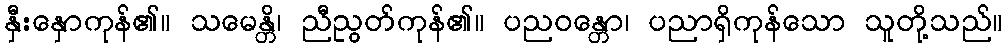
နှီးနှောကုန်၏။ သမေန္တိ၊ ညီညွတ်ကုန်၏။ ပညဝန္တော၊ ပညာရှိကုန်သော သူတို့သည်။